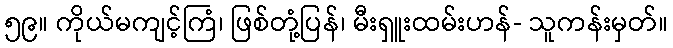
၅၉။ ကိုယ်မကျင့်ကြံ၊ ဖြစ်တုံ့ပြန်၊ မီးရှူးထမ်းဟန်- သူကန်းမှတ်။